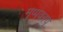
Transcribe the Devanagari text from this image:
मुप्पवरपु